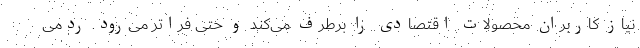
نیاز کاربران محصولات اقتصادی را برطرف می‌کند و حتی فراتر می‌رود. ردمی